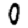
Digit: 0